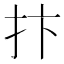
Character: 抃